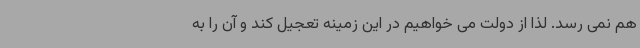
هم نمی رسد. لذا از دولت می خواهیم در این زمینه تعجیل کند و آن را به